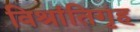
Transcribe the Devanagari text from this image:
विश्रांतिगृह